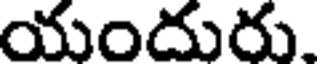
యందురు.